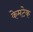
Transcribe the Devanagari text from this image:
केमटेक